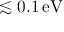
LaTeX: \lesssim 0 . 1 \, { \mathrm { e V } }